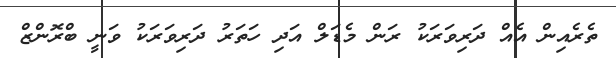
ތެރެއިން އެއް ދަރިވަރަކު ރަން މެޑަލް އަދި ހަތަރު ދަރިވަރަކު ވަނީ ބްރޮންޒް